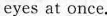
eyes at once.